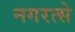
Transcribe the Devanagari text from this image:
नगरत्से